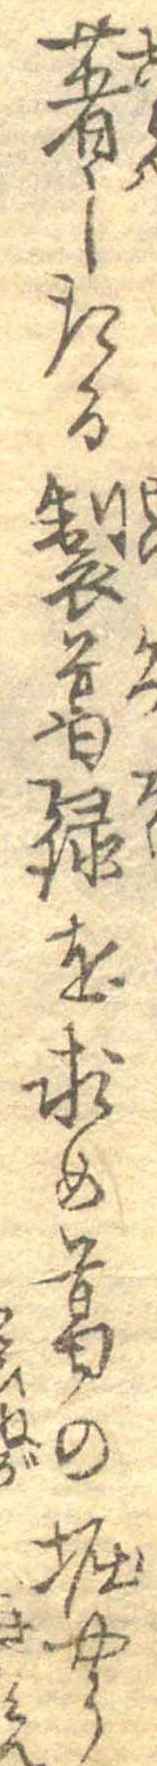
著したる製葛録を求め葛の堀やう